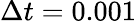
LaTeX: \Delta t=0.001